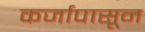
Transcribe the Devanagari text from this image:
कर्जापासून